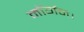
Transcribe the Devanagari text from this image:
मॉर्गन।